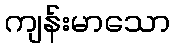
ကျန်းမာသော